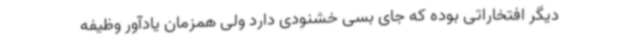
دیگر افتخاراتی بوده که جای بسی خشنودی دارد ولی همزمان یادآور وظیفه